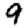
Digit: 9